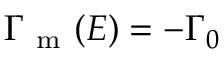
\Gamma _ { \mathrm { ~ m ~ } } ( E ) = - \Gamma _ { 0 }